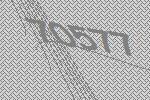
70577